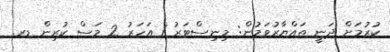
ކުރުމަށް ދަނީ ތައްޔާރުވަމުން: މިނިސްޓަރު 1 އަހަރު 2 މަސް ކުރިން ޑރ.